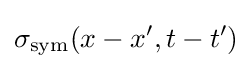
\sigma _{\rm {sym}}(x-x',t-t')